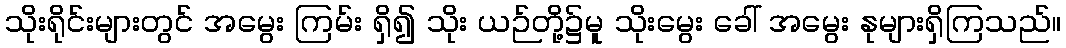
သိုးရိုင်းများတွင် အမွေး ကြမ်း ရှိ၍ သိုး ယဉ်တို့၌မူ သိုးမွေး ခေါ် အမွေး နုများရှိကြသည်။